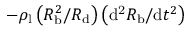
- \rho _ { \mathrm { l } } \left( R _ { \mathrm { b } } ^ { 2 } / R _ { \mathrm { d } } \right) \left( \mathrm { d ^ { 2 } } R _ { \mathrm { b } } / \mathrm { d } t ^ { 2 } \right)